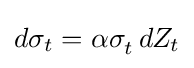
d\sigma _{t}=\alpha \sigma _{t}^{}\,dZ_{t}